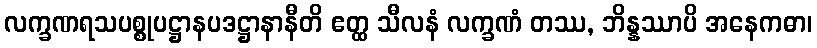
လက္ခဏရသပစ္စုပဋ္ဌာနပဒဋ္ဌာနာနီတိ ဧတ္ထ သီလနံ လက္ခဏံ တဿ, ဘိန္နဿာပိ အနေကဓာ၊